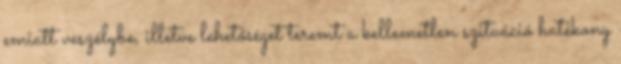
emiatt veszélybe, illetve lehetőséget teremt a kellemetlen szituáció hatékony